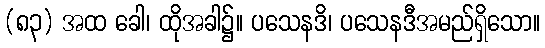
(၈၃) အထ ခေါ၊ ထိုအခါ၌။ ပသေနဒိ၊ ပသေနဒီအမည်ရှိသော။